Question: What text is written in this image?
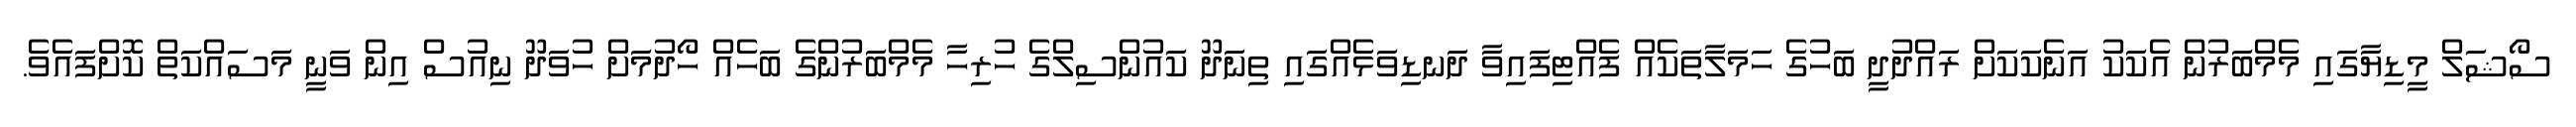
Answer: ސޯޝަލް މީޑިޔާގައި މެމްބަރުން އެކަކު އަނެކަކަށް ރައްދުދީ ބަހުގެ ހަމަލާތަކެއް ފެއްޓިފައިވާ ދަނޑިވަޅެއްގައި ތިނަދޫ ކައުންސިލްގެ ހުރިހާ މެމްބަރުންގެ ބަހެއް ހޯދުމަށް ހުވަދޫ ނިއުސް އިން ވަނީ މަސައްކަތް ކޮށްފައެވެ.